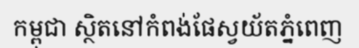
កម្ពុជា ស្ថិតនៅកំពង់ផែស្វយ័តភ្នំពេញ